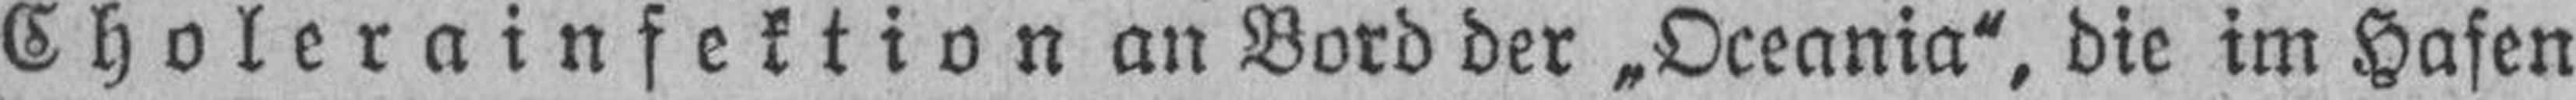
Cholerainfektion an Bord der „Oceania“, die im Hafen